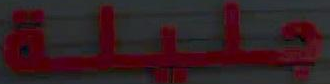
جليلة